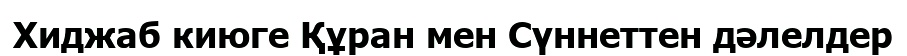
Хиджаб киюге Құран мен Сүннеттен дәлелдер